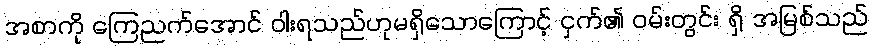
အစာကို ကြေညက်အောင် ဝါးရသည်ဟုမရှိသောကြောင့် ငှက်၏ ဝမ်းတွင်း ရှိ အမြစ်သည်